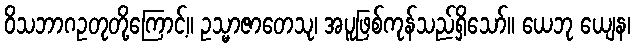
ဝိသဘာဂဥတုတို့ကြောင့်။ ဥသ္မာဇာတေသု၊ အပူဖြစ်ကုန်သည်ရှိသော်။ ယေဘု ယျေန၊